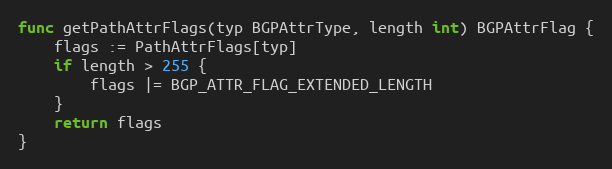
Language: Go
func getPathAttrFlags(typ BGPAttrType, length int) BGPAttrFlag {
	flags := PathAttrFlags[typ]
	if length > 255 {
		flags |= BGP_ATTR_FLAG_EXTENDED_LENGTH
	}
	return flags
}